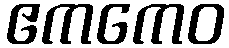
ဧကကေဝ